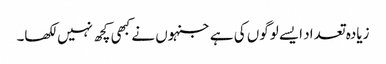
زیادہ تعداد ایسے لوگوں کی ہے جنہوں نے کبھی کچھ نہیں لکھا۔